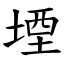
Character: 堙